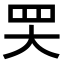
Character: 𦉼